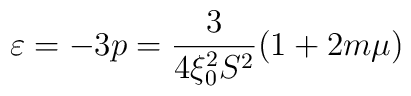
\varepsilon =-3p=\frac{3}{4\xi _{0}^{2}S^{2}}(1+2m\mu )